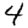
Digit: 4